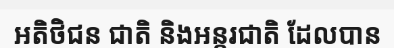
អតិថិជន ជាតិ និងអន្តរជាតិ ដែលបាន